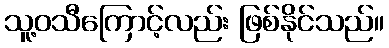
သူ့ဝသီကြောင့်လည်း ဖြစ်နိုင်သည်။